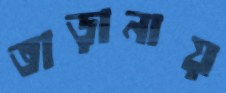
তাড়ানায়